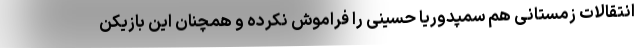
انتقالات زمستانی هم سمپدوریا حسینی را فراموش نکرده و همچنان این بازیکن